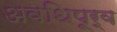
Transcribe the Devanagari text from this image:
अवधिपूर्व